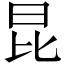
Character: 昆